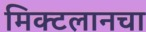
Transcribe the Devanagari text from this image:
मिक्टलानचा